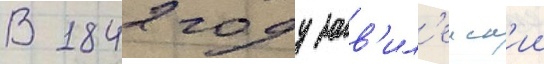
В 1842 году зав'ил'еиск'ии